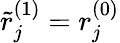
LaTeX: \tilde{r}_{j}^{(1)}=r_{j}^{(0)}